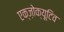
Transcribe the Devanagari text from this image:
एक्ज़ोक्यूटिव